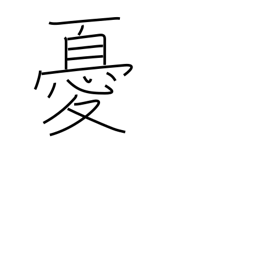
Meaning: unhappy